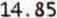
14.85